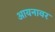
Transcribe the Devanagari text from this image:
आयनावर